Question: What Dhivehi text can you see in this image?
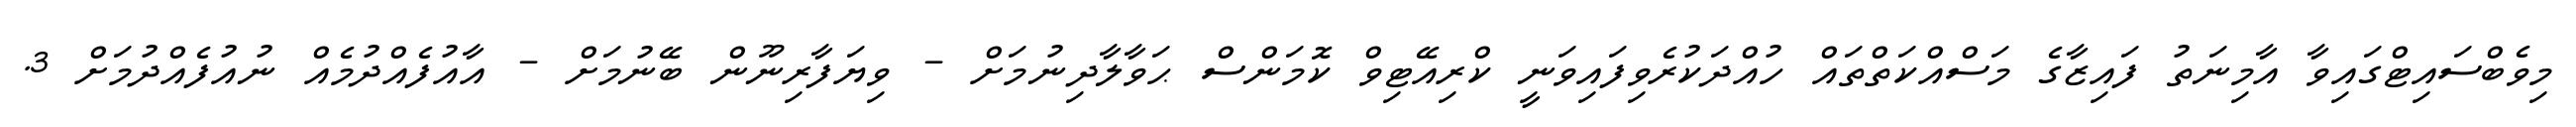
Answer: މިވެބްސައިޓްގައިވާ އާމިނަތު ފައިޒާގެ މަސްއްކަތްތައް ހުއްދަކުރެވިފައިވަނީ ކްރިއޭޓިވް ކޮމަންސް ޙަވާލާދިނުމަށް - ވިޔަފާރިނޫން ބޭނުމަށް - އާއުފެއްދުމެއް ނުއުފެއްދުމަށް 3.